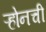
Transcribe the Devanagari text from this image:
ऱ्होनची